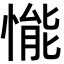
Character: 𢟒